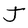
Character: J